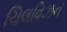
ચિલવિઝન